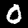
Digit: 0